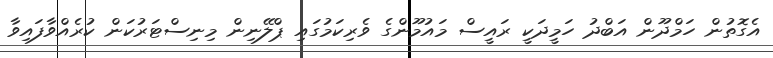
އެގޮތުން ހަމްދޫން އަބްދު ހަމީދަކީ ރައީސް މައުމޫންގެ ވެރިކަމުގައި ޕްލޭނިން މިނިސްޓަރުކަން ކުރެއްވާފައިވާ